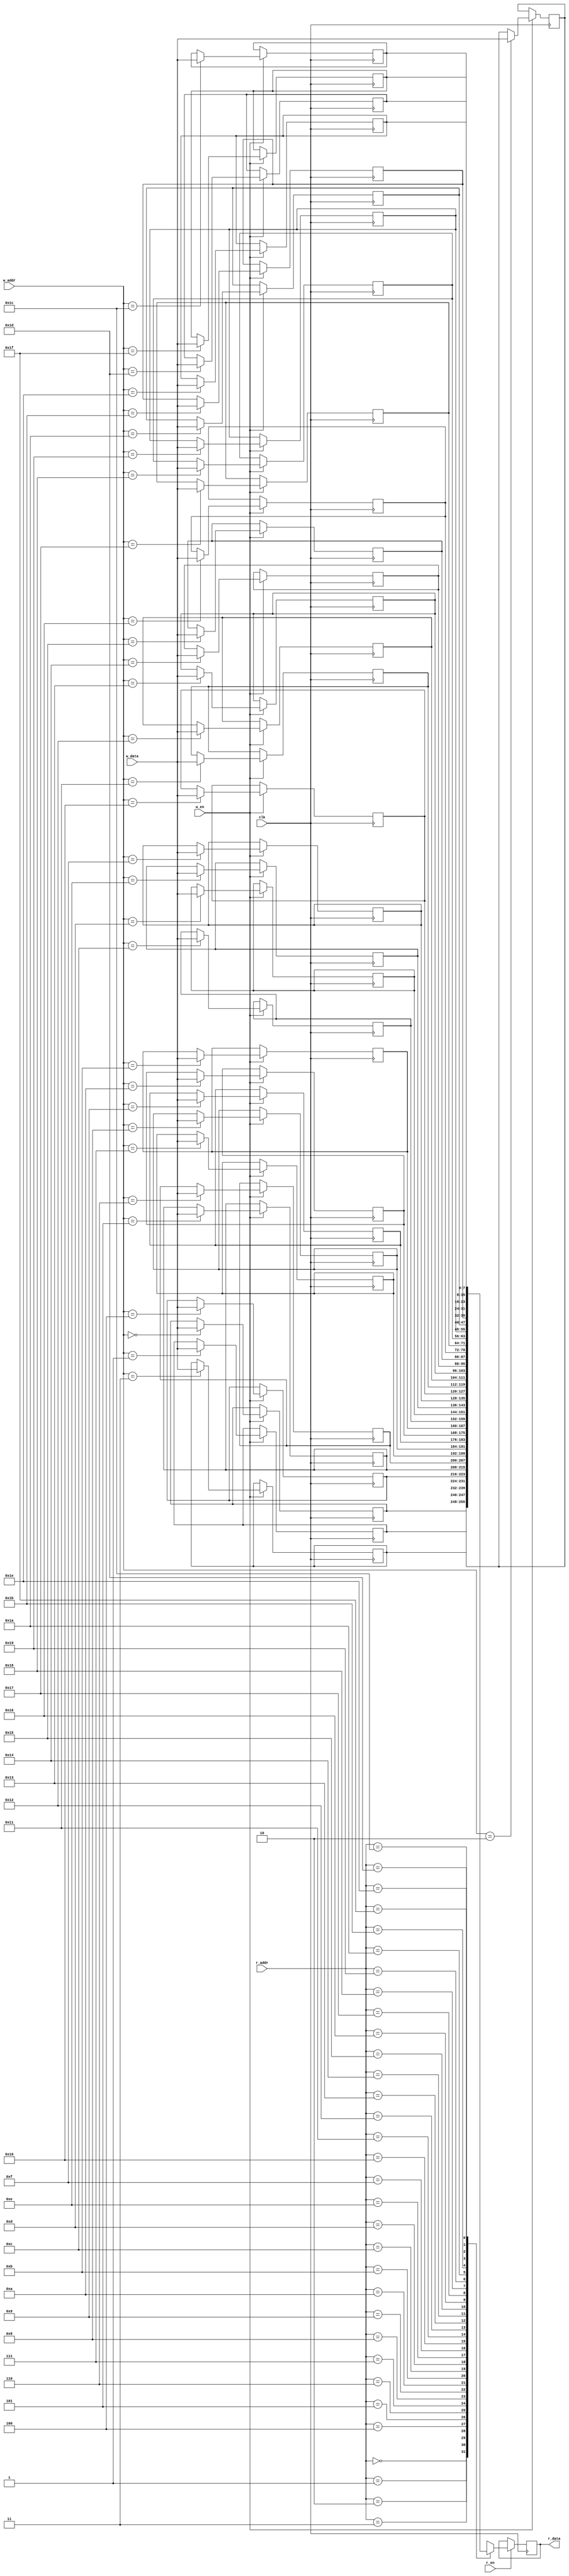
`timescale 1ns/1ps

module iob_2p_ram
  #( 
     parameter DATA_W = 8,
     parameter ADDR_W = 5,
     parameter USE_RAM = 1
     ) 
   (
    input                   clk,

    //write port
    input                   w_en,
    input [ADDR_W-1:0]      w_addr,
    input [DATA_W-1:0]      w_data,

    //read port
    input                   r_en,
    input [ADDR_W-1:0]      r_addr,
    output reg [DATA_W-1:0] r_data
    );

   //memory declaration
   reg [DATA_W-1:0] mem_0;
reg [DATA_W-1:0] mem_1;
reg [DATA_W-1:0] mem_2;
reg [DATA_W-1:0] mem_3;
reg [DATA_W-1:0] mem_4;
reg [DATA_W-1:0] mem_5;
reg [DATA_W-1:0] mem_6;
reg [DATA_W-1:0] mem_7;
reg [DATA_W-1:0] mem_8;
reg [DATA_W-1:0] mem_9;
reg [DATA_W-1:0] mem_10;
reg [DATA_W-1:0] mem_11;
reg [DATA_W-1:0] mem_12;
reg [DATA_W-1:0] mem_13;
reg [DATA_W-1:0] mem_14;
reg [DATA_W-1:0] mem_15;
reg [DATA_W-1:0] mem_16;
reg [DATA_W-1:0] mem_17;
reg [DATA_W-1:0] mem_18;
reg [DATA_W-1:0] mem_19;
reg [DATA_W-1:0] mem_20;
reg [DATA_W-1:0] mem_21;
reg [DATA_W-1:0] mem_22;
reg [DATA_W-1:0] mem_23;
reg [DATA_W-1:0] mem_24;
reg [DATA_W-1:0] mem_25;
reg [DATA_W-1:0] mem_26;
reg [DATA_W-1:0] mem_27;
reg [DATA_W-1:0] mem_28;
reg [DATA_W-1:0] mem_29;
reg [DATA_W-1:0] mem_30;
reg [DATA_W-1:0] mem_31;

   //write
   always@(posedge clk) begin
     if(w_en) begin
       case(w_addr)
5'b00000 : mem_0 <= w_data;
5'b00001 : mem_1 <= w_data;
5'b00010 : mem_2 <= w_data;
5'b00011 : mem_3 <= w_data;
5'b00100 : mem_4 <= w_data;
5'b00101 : mem_5 <= w_data;
5'b00110 : mem_6 <= w_data;
5'b00111 : mem_7 <= w_data;
5'b01000 : mem_8 <= w_data;
5'b01001 : mem_9 <= w_data;
5'b01010 : mem_10 <= w_data;
5'b01011 : mem_11 <= w_data;
5'b01100 : mem_12 <= w_data;
5'b01101 : mem_13 <= w_data;
5'b01110 : mem_14 <= w_data;
5'b01111 : mem_15 <= w_data;
5'b10000 : mem_16 <= w_data;
5'b10001 : mem_17 <= w_data;
5'b10010 : mem_18 <= w_data;
5'b10011 : mem_19 <= w_data;
5'b10100 : mem_20 <= w_data;
5'b10101 : mem_21 <= w_data;
5'b10110 : mem_22 <= w_data;
5'b10111 : mem_23 <= w_data;
5'b11000 : mem_24 <= w_data;
5'b11001 : mem_25 <= w_data;
5'b11010 : mem_26 <= w_data;
5'b11011 : mem_27 <= w_data;
5'b11100 : mem_28 <= w_data;
5'b11101 : mem_29 <= w_data;
5'b11110 : mem_30 <= w_data;
5'b11111 : mem_31 <= w_data;
endcase

     end

       

   end

   //read mode depends on mem implementation, as ram or reg
        always@(posedge clk)  begin
           if(r_en) begin
             case(r_addr)
5'b00000 : r_data <= mem_0;
5'b00001 : r_data <= mem_1;
5'b00010 : r_data <= mem_2;
5'b00011 : r_data <= mem_3;
5'b00100 : r_data <= mem_4;
5'b00101 : r_data <= mem_5;
5'b00110 : r_data <= mem_6;
5'b00111 : r_data <= mem_7;
5'b01000 : r_data <= mem_8;
5'b01001 : r_data <= mem_9;
5'b01010 : r_data <= mem_10;
5'b01011 : r_data <= mem_11;
5'b01100 : r_data <= mem_12;
5'b01101 : r_data <= mem_13;
5'b01110 : r_data <= mem_14;
5'b01111 : r_data <= mem_15;
5'b10000 : r_data <= mem_16;
5'b10001 : r_data <= mem_17;
5'b10010 : r_data <= mem_18;
5'b10011 : r_data <= mem_19;
5'b10100 : r_data <= mem_20;
5'b10101 : r_data <= mem_21;
5'b10110 : r_data <= mem_22;
5'b10111 : r_data <= mem_23;
5'b11000 : r_data <= mem_24;
5'b11001 : r_data <= mem_25;
5'b11010 : r_data <= mem_26;
5'b11011 : r_data <= mem_27;
5'b11100 : r_data <= mem_28;
5'b11101 : r_data <= mem_29;
5'b11110 : r_data <= mem_30;
5'b11111 : r_data <= mem_31;
endcase

           end
        end
     

endmodule